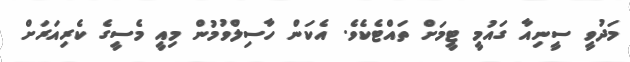
މަދުވީ ސީނިއާ ގައުމީ ޓީމަށް ތައްޓެކެވެ. އެކަން ހާސިލްވުމުން މިއީ މެސީގެ ކެރިއަރަށް